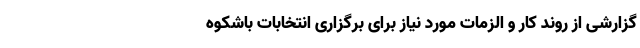
گزارشی از روند کار و الزمات مورد نیاز برای برگزاری انتخابات باشکوه